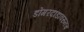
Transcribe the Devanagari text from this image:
डोंगरदांडावरुनच